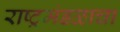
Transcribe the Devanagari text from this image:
राष्ट्रमंडळाचा